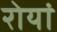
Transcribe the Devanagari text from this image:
रोयां